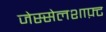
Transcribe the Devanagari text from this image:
जेस्सेलशाफ़्ट